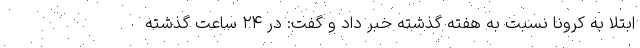
ابتلا به کرونا نسبت به هفته گذشته خبر داد و گفت: در ۲۴ ساعت گذشته